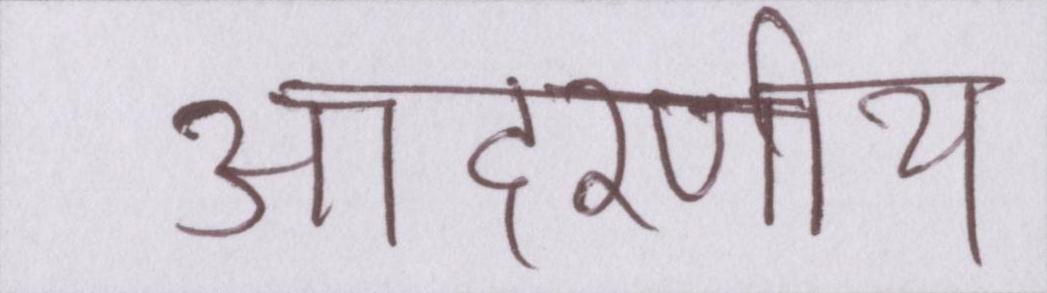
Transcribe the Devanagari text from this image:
आदरणीय